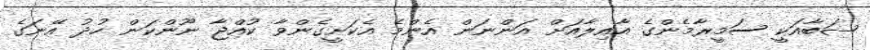
ޝަބާއަކީ ސަމީރާމެންގެ އާއިލާއަށް އަންނަން އެންމެ އެކަށީގެންވާ ކުއްޖާ ނޫންކަން ހުދު އޭނަގެ